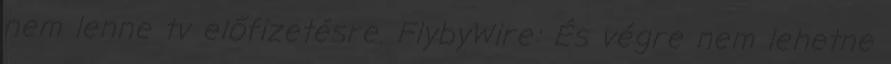
nem lenne tv előfizetésre. FlybyWire: És végre nem lehetne